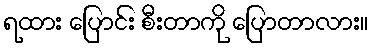
ရထား ပြောင်း စီးတာကို ပြောတာလား။